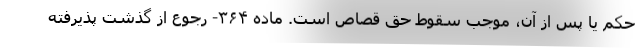
حکم یا پس از آن، موجب سقوط حق قصاص است. ماده ۳۶۴- رجوع از گذشت پذیرفته